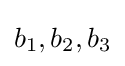
b_{1},b_{2},b_{3}